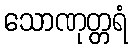
သောဏုတ္တရံ